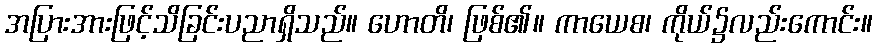
အပြားအားဖြင့်သိခြင်းပညာရှိသည်။ ဟောတိ၊ ဖြစ်၏။ ကာယေစ၊ ကိုယ်၌လည်းကောင်း။